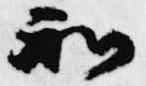
和